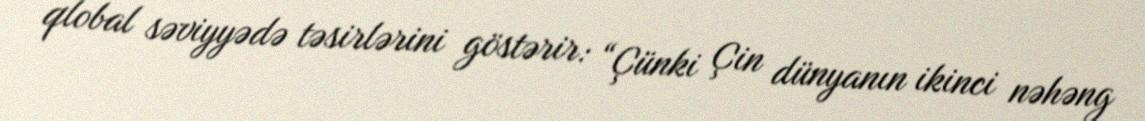
qlobal səviyyədə təsirlərini göstərir: “Çünki Çin dünyanın ikinci nəhəng